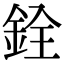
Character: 銓